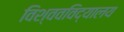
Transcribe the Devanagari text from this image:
विश्‍ववविद्यालय